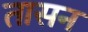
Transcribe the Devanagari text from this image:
तासन